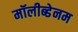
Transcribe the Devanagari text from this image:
मॉलीब्डेनम